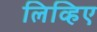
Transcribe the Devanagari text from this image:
लिव्हिए